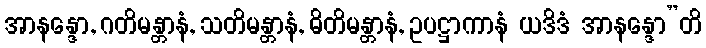
အာနန္ဒော, ဂတိမန္တာနံ, သတိမန္တာနံ, ဓိတိမန္တာနံ, ဥပဋ္ဌာကာနံ ယဒိဒံ အာနန္ဒော”တိ